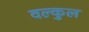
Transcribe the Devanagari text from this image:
वल्कुल